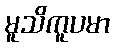
မူသိကူပမာ